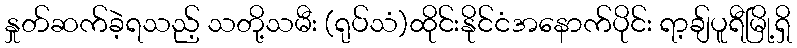
နှုတ်ဆက်ခဲ့ရသည့် သတို့သမီး (ရုပ်သံ)ထိုင်းနိုင်ငံအနောက်ပိုင်း ရာ့ချ်ပူရီမြို့ရှိ